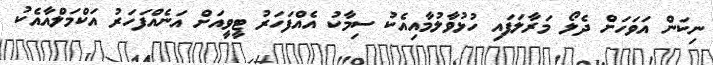
ނިކަން އަވަހަށް ދެލޯ މަރާލަފައި ހުޅުވާލުމާއިއެކު ސިމާކު އެއްފަހަރު ޓީވީއަށް އަނެއްފަހަރު އަކްމަލްއާއެކު